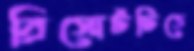
রিসোর্টটিতে